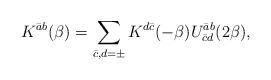
LaTeX: \begin{align*}K^{\bar a b} (\beta) = \sum_{\bar c, d = \pm} K^{d \bar c} ( - \beta) U_{\bar c d}^{\bar a b} ( 2 \beta),\end{align*}